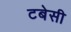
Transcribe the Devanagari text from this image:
टबेसी